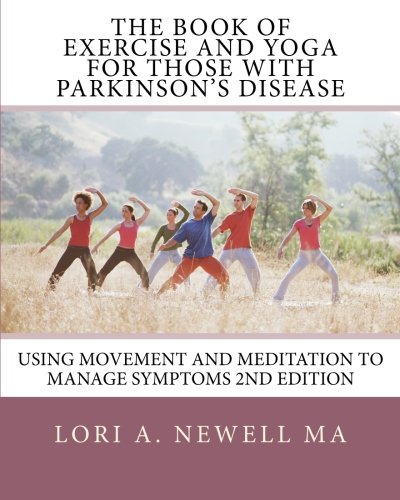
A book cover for The Book of Exercise and Yoga for Those with Parkinson's Disease: Using Movement and Meditation to Manage Symptoms; Lori A. Newell; Health, Fitness & Dieting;